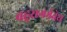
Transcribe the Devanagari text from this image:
बहुसगर्भतेस